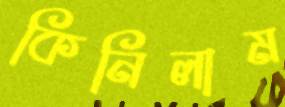
কিনিলাম